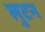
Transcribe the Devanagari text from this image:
लुटन